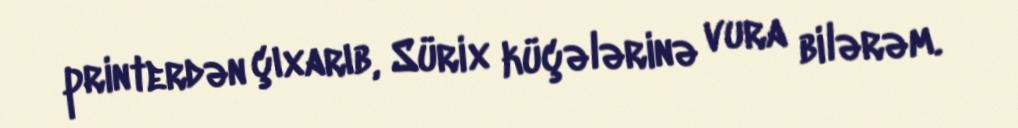
printerdən çıxarıb, Sürix küçələrinə vura bilərəm.